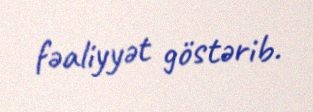
fəaliyyət göstərib.